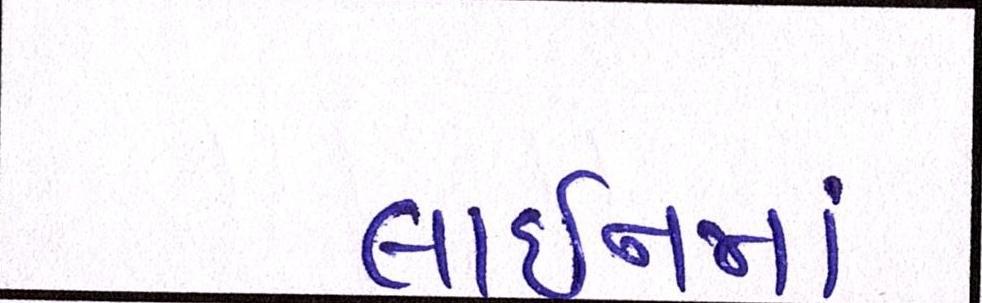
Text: લાઈનમાં